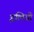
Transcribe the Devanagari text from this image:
इलियो